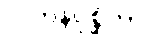
ဂိလာနပုစ္ဆိကာ